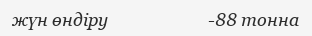
жүн өндіру                         -88 тонна